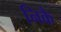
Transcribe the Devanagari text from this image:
निकै